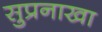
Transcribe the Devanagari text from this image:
सुप्रनाखा